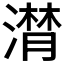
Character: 𣽽